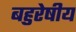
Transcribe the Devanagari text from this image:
बहुरेषीय